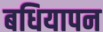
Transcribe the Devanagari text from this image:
बधियापन